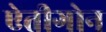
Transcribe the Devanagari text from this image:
ऐतीगोन